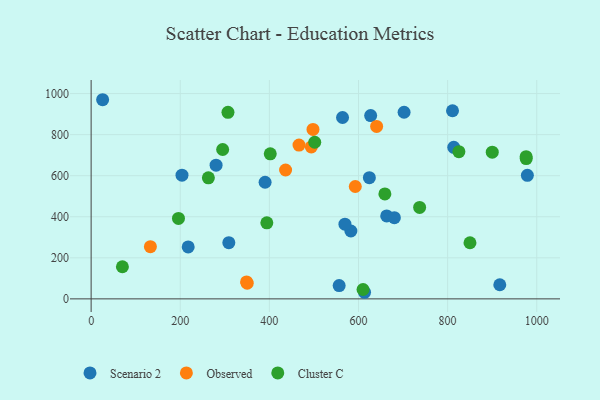
{"axis": {"x": "Study Hours", "y": "Rating"}, "legend": ["Cluster C", "Observed", "Scenario 2"], "data": [{"x": "613.6", "y": 32.1, "type": "Scenario 2"}, {"x": "309.0", "y": 273.7, "type": "Scenario 2"}, {"x": "813.8", "y": 738.1, "type": "Scenario 2"}, {"x": "811.0", "y": 916.3, "type": "Scenario 2"}, {"x": "217.8", "y": 252.8, "type": "Scenario 2"}, {"x": "582.9", "y": 330.6, "type": "Scenario 2"}, {"x": "280.4", "y": 651.1, "type": "Scenario 2"}, {"x": "390.4", "y": 568.2, "type": "Scenario 2"}, {"x": "203.9", "y": 602.6, "type": "Scenario 2"}, {"x": "25.8", "y": 970.1, "type": "Scenario 2"}, {"x": "564.2", "y": 883.6, "type": "Scenario 2"}, {"x": "556.6", "y": 64.5, "type": "Scenario 2"}, {"x": "569.6", "y": 363.9, "type": "Scenario 2"}, {"x": "702.3", "y": 909.2, "type": "Scenario 2"}, {"x": "917.1", "y": 68.8, "type": "Scenario 2"}, {"x": "624.4", "y": 590.3, "type": "Scenario 2"}, {"x": "979.0", "y": 602.0, "type": "Scenario 2"}, {"x": "627.3", "y": 892.9, "type": "Scenario 2"}, {"x": "663.3", "y": 403.8, "type": "Scenario 2"}, {"x": "680.5", "y": 395.3, "type": "Scenario 2"}, {"x": "133.0", "y": 254.2, "type": "Observed"}, {"x": "640.7", "y": 840.2, "type": "Observed"}, {"x": "592.8", "y": 547.5, "type": "Observed"}, {"x": "350.3", "y": 76.3, "type": "Observed"}, {"x": "466.5", "y": 749.4, "type": "Observed"}, {"x": "348.8", "y": 82.3, "type": "Observed"}, {"x": "436.4", "y": 627.7, "type": "Observed"}, {"x": "497.9", "y": 825.6, "type": "Observed"}, {"x": "494.1", "y": 740.1, "type": "Observed"}, {"x": "295.2", "y": 727.6, "type": "Cluster C"}, {"x": "196.0", "y": 391.7, "type": "Cluster C"}, {"x": "900.2", "y": 714.6, "type": "Cluster C"}, {"x": "402.0", "y": 706.7, "type": "Cluster C"}, {"x": "850.2", "y": 273.3, "type": "Cluster C"}, {"x": "659.2", "y": 511.2, "type": "Cluster C"}, {"x": "825.3", "y": 716.8, "type": "Cluster C"}, {"x": "394.3", "y": 370.3, "type": "Cluster C"}, {"x": "610.2", "y": 45.6, "type": "Cluster C"}, {"x": "976.4", "y": 683.5, "type": "Cluster C"}, {"x": "976.2", "y": 692.6, "type": "Cluster C"}, {"x": "263.1", "y": 589.5, "type": "Cluster C"}, {"x": "70.2", "y": 156.5, "type": "Cluster C"}, {"x": "307.1", "y": 908.6, "type": "Cluster C"}, {"x": "501.8", "y": 762.9, "type": "Cluster C"}, {"x": "737.2", "y": 445.4, "type": "Cluster C"}]}